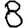
Digit: 8